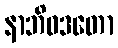
နာဘိဝဒတော